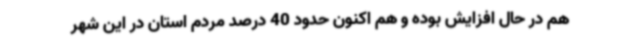
هم در حال افزایش بوده و هم اکنون حدود 40 درصد مردم استان در این شهر